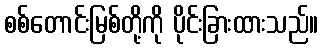
စစ်တောင်းမြစ်တို့ကို ပိုင်းခြားထားသည်။